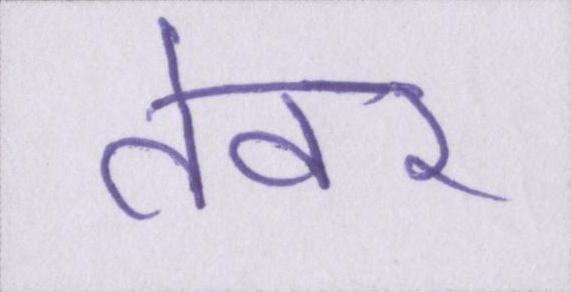
तेवर